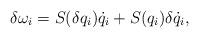
LaTeX: \begin{align*}\delta\omega_i = S(\delta q_i) \dot q_i + S(q_i) \delta\dot q_i,\end{align*}